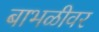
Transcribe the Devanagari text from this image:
बाभळीवर